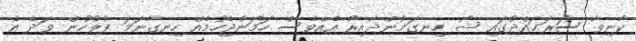
ކާނިވާ ސަރަޙައްދުގައި ޝޯ ހިނގަމުންދާއިރު އެއްވެސް ހަމަނުޖެހުމެއް ހިނގާނަމަ ފުލުހުން ވަދެ އެ